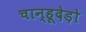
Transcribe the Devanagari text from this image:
चान्हूदेड़ो